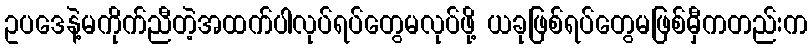
ဥပဒေနဲ့မကိုက်ညီတဲ့အထက်ပါလုပ်ရပ်တွေမလုပ်ဖို့ ယခုဖြစ်ရပ်တွေမဖြစ်မှီကတည်းက